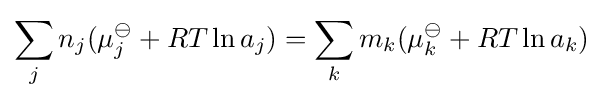
\sum _{j}n_{j}(\mu _{j}^{\ominus }+RT\ln a_{j})=\sum _{k}m_{k}(\mu _{k}^{\ominus }+RT\ln a_{k})